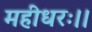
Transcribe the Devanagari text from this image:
महीधरः।।